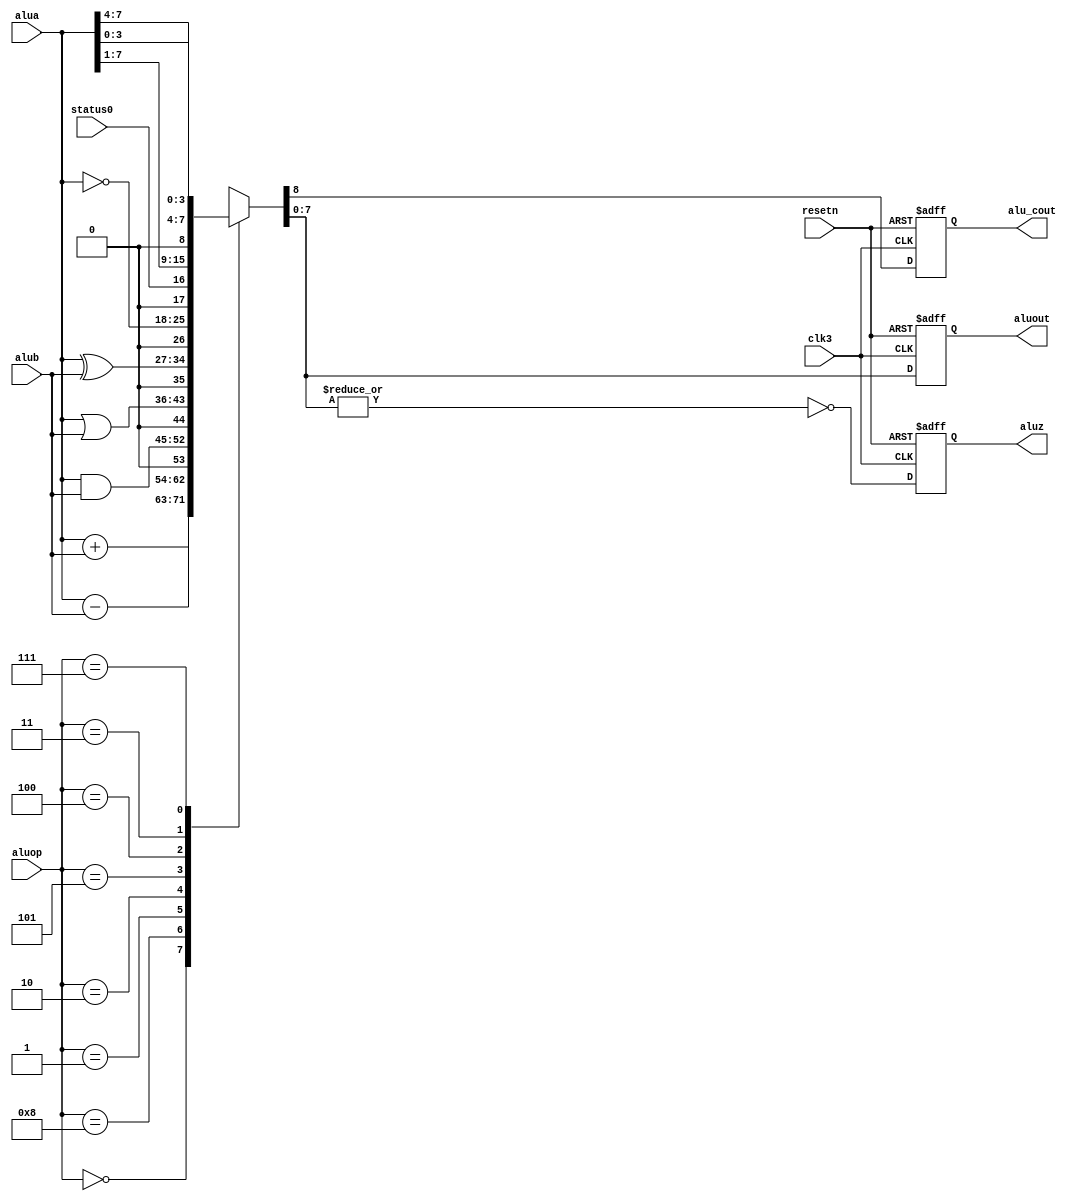
module alu ( clk3, resetn, status0, aluop, alua, alub, alu_cout, aluz, aluout);  

input clk3, resetn;
input status0;

input [3:0] aluop;
input [7:0] alua, alub;

output alu_cout, aluz;

output [7:0] aluout;


// register definition for outputs

wire reset = ~resetn;

wire alu_cout_int, aluz_int;

wire [7:0] aluout_int, aluout;

reg [8:0] longq;

reg alu_cout;

reg aluz;

reg [7:0] aluout_reg;

//reg adder_cout;


parameter [3:0] ALUOP_ADD        = 4'b0000;
parameter [3:0] ALUOP_SUB        = 4'b1000;
parameter [3:0] ALUOP_AND        = 4'b0001;
parameter [3:0] ALUOP_OR         = 4'b0010;
parameter [3:0] ALUOP_XOR        = 4'b0101;
parameter [3:0] ALUOP_NOT        = 4'b0100;
parameter [3:0] ALUOP_ROR        = 4'b0011;
parameter [3:0] ALUOP_ROL        = 4'b0110;
parameter [3:0] ALUOP_SWAP       = 4'b0111;




// Wires that are the results of individual
// ALU operations.  All results feed into our
// big mux, which we will specifically build.
//
wire [7:0] and_result;
wire [7:0] or_result;
wire [7:0] xor_result;
wire [7:0] not_result;
wire [7:0] ror_result;
wire [7:0] rol_result;
wire [7:0] swap_result;
wire [8:0]  adder_result, sub_result;

	assign and_result = alua & alub;
assign or_result  = alua | alub;
assign xor_result = alua ^ alub;
assign not_result = ~alua;
assign ror_result  = {status0, alua[7:1]};
assign rol_result  = {alua[6:0], status0};
assign swap_result = {alua[3:0], alua[7:4]};
assign adder_result = {1'b0, alua} + {1'b0, alub};
assign sub_result = {1'b0, alua} - {1'b0, alub};

assign aluz_int = ~| aluout_int;
assign alu_cout_int = longq[8];
assign aluout_int = longq[7:0];
assign aluout = aluout_reg;

always @(aluop[3:0] or adder_result or and_result or 
         or_result or xor_result or not_result or 
		 ror_result or swap_result or longq or sub_result) 
  begin
	case (aluop) // synthesis full_case
		ALUOP_ADD:  longq = adder_result;
		ALUOP_SUB: longq = sub_result;
		ALUOP_AND:  longq = {1'b0,and_result};
		ALUOP_OR:  longq = {1'b0,or_result};
		ALUOP_XOR:  longq = {1'b0,xor_result};
		ALUOP_NOT:  longq = {1'b0,not_result};
		ALUOP_ROR:  longq = {1'b0,ror_result};
		ALUOP_SWAP:  longq = {1'b0,swap_result};
//		default : aluout_int = aluout_int;
	endcase
  end


always @(posedge clk3 or posedge reset) 
  begin
     if (reset) 
	    begin
		    aluout_reg <= 8'b00000000;
			aluz <= 1'b0;
			alu_cout <= 1'b0;
		end
	 else 
	    begin
		    aluout_reg <= aluout_int;
			aluz <= aluz_int;
			alu_cout <= alu_cout_int;
		end
   end

endmodule